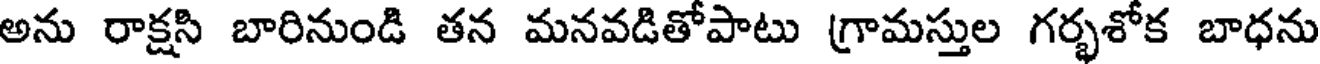
అను రాక్షసి బారినుండి తన మనవడితోపాటు గ్రామస్తుల గర్భశోక బాధను